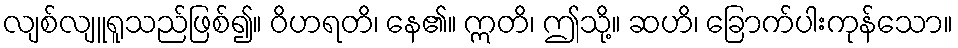
လျစ်လျူရူသည်ဖြစ်၍။ ဝိဟရတိ၊ နေ၏။ ဣတိ၊ ဤသို့။ ဆဟိ၊ ခြောက်ပါးကုန်သော။